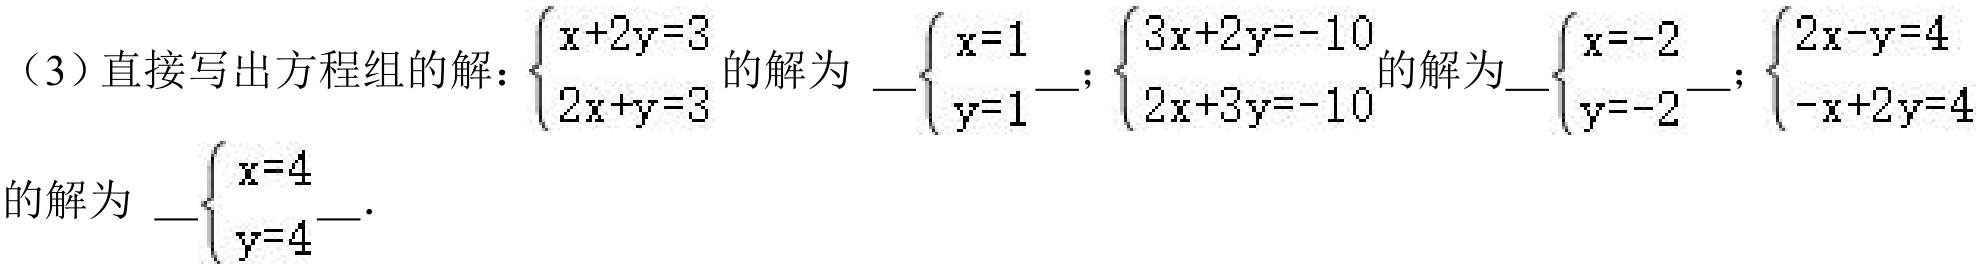
（3）直接写出方程组的解：\(\begin{cases}x + 2y = 3\\2x + y = 3\end{cases}\)的解为 \(\begin{cases}x = 1\\y = 1\end{cases}\)；\(\begin{cases}3x + 2y = -10\\2x + 3y = -10\end{cases}\)的解为\(\begin{cases}x = -2\\y = -2\end{cases}\)；\(\begin{cases}2x - y = 4\\-x + 2y = 4\end{cases}\)的解为 \(\begin{cases}x = 4\\y = 4\end{cases}\)．